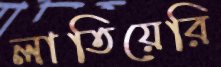
লাতিয়েরি